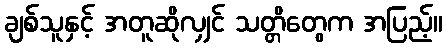
ချစ်သူနှင့် အတူဆိုလျှင် သတ္တိတွေက အပြည့်။